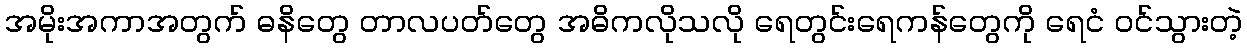
အမိုးအကာအတွက် ဓနိတွေ တာလပတ်တွေ အဓိကလိုသလို ရေတွင်းရေကန်တွေကို ရေငံ ဝင်သွားတဲ့